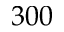
3 0 0